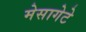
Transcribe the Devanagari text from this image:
मेसागेटे